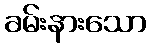
ခမ်းနားသော